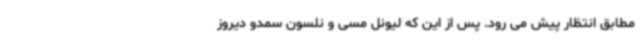
مطابق انتظار پیش می رود. پس از این که لیونل مسی و نلسون سمدو دیروز